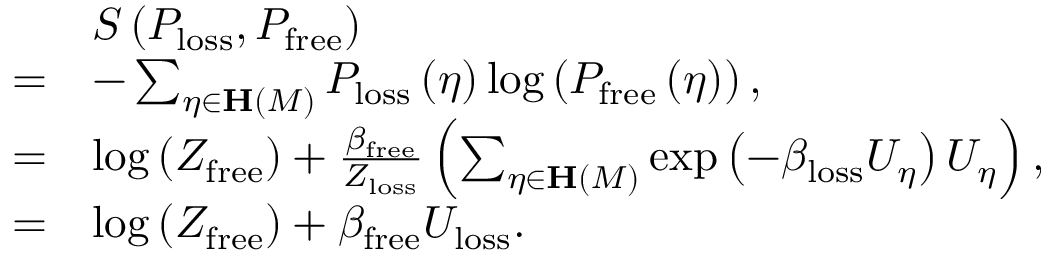
\begin{array} { r l } & { S \left( P _ { \mathrm { l o s s } } , P _ { \mathrm { f r e e } } \right) } \\ { = } & { - \sum _ { \eta \in \mathbf { H } \left( M \right) } P _ { \mathrm { l o s s } } \left( \eta \right) \log \left( P _ { \mathrm { f r e e } } \left( \eta \right) \right) , } \\ { = } & { \log \left( Z _ { \mathrm { f r e e } } \right) + \frac { \beta _ { \mathrm { f r e e } } } { Z _ { \mathrm { l o s s } } } \left( \sum _ { \eta \in \mathbf { H } \left( M \right) } \exp \left( - \beta _ { \mathrm { l o s s } } U _ { \eta } \right) U _ { \eta } \right) , } \\ { = } & { \log \left( Z _ { \mathrm { f r e e } } \right) + \beta _ { \mathrm { f r e e } } U _ { \mathrm { l o s s } } . } \end{array}